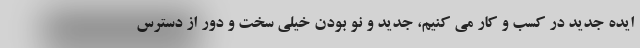
ایده جدید در کسب و کار می کنیم، جدید و نو بودن خیلی سخت و دور از دسترس